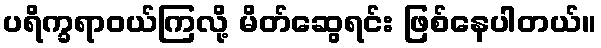
ပရိက္ခရာဝယ်ကြလို့ မိတ်ဆွေရင်း ဖြစ်နေပါတယ်။